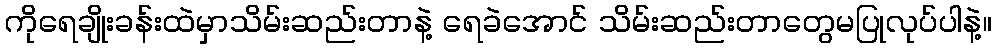
ကိုရေချိုးခန်းထဲမှာသိမ်းဆည်းတာနဲ့ ရေခဲအောင် သိမ်းဆည်းတာတွေမပြုလုပ်ပါနဲ့။